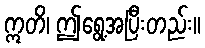
ဣတိ၊ ဤရွေ့အပြီးတည်း။